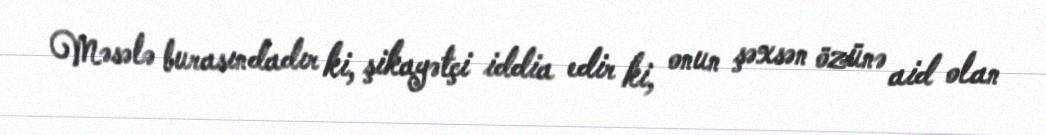
Məsələ burasındadır ki, şikayətçi iddia edir ki, onun şəxsən özünə aid olan